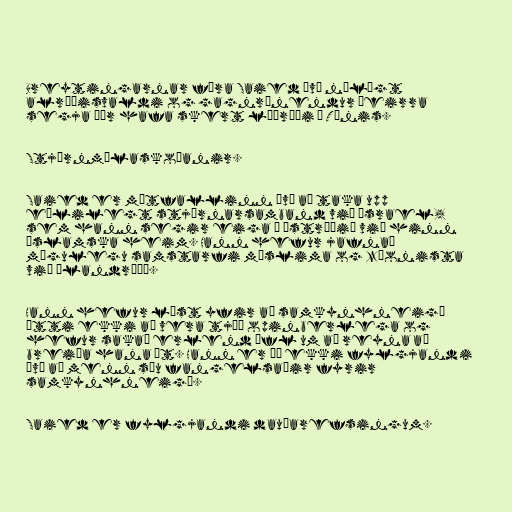
Breytingarnar færa Saied því nálægt
alræðisvaldi og gagnrýnendur þeirra
segja þær hafa skert lýðræði í Túnis.

Stjórnmálaskoðanir.

Saied er mótfallinn því að taka upp
eðlilegt stjórnarsamband við Ísrael,
sem hann segir eiga í „stríði“ við hinn
íslamska heim. Hann hefur jafnað
mögulegu samstarfi múslima og zíonista
við „landráð“.

Hann hefur lýst yfir að samkynhneigð
ætti ekki að vera tjáð opinberlega og
hefur sakað erlend öfl um að reyna að
breiða hana út. Hann er þó ekki fylgjandi
því að menn séu fangelsaðir fyrir
samkynhneigð.

Saied er fylgjandi dauðarefsingum.